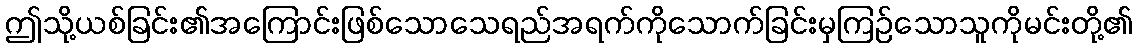
ဤသို့ယစ်ခြင်း၏အကြောင်းဖြစ်သောသေရည်အရက်ကိုသောက်ခြင်းမှကြဉ်သောသူကိုမင်းတို့၏